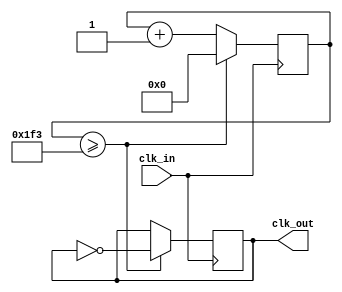
// 100 MHz clock divider to 100 kHz
// used in note_generator

module clk_div(
    input wire clk_in,  // Input clock (100 MHz)
    output reg clk_out  // Output clock (100 kHz)
);

    // Divider value for 100MHz to 100kHz
    // 100 MHz / 100 kHz = 1000, but divide by 500 for toggling every half period
    reg [9:0] counter = 0; // 10-bit counter for division by 1000
    parameter DIVIDE_VALUE = 500; // Half of 1000 for 50% duty cycle

    always @(posedge clk_in) begin
        counter <= counter + 1;
        if (counter >= DIVIDE_VALUE - 1) begin
            counter <= 0;
            clk_out <= ~clk_out; // Toggle the output clock
        end
    end

endmodule